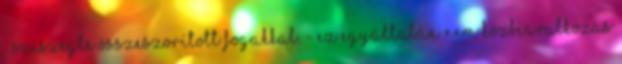
– sziszegte összeszorított fogakkal. - Ez egyáltalán nem közbeavatkozás